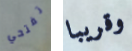
تفتحي وقريبا